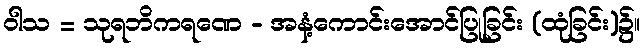
ဝါသ = သုရဘိကရဏေ - အနံ့ကောင်းအောင်ပြုခြင်း (ထုံခြင်း)၌။